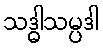
သဒ္ဓါသမ္ပဒါ